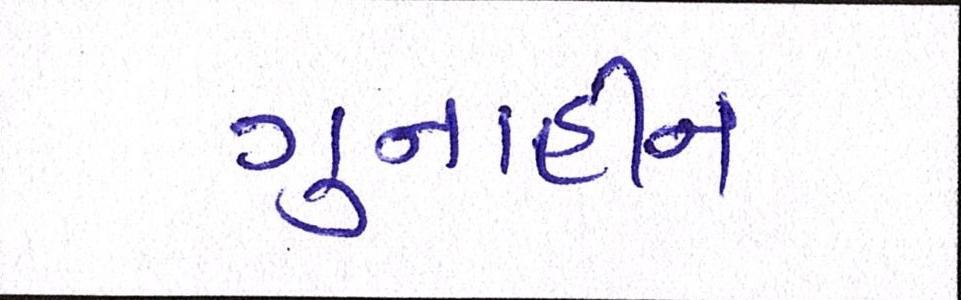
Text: ગુનાહીત